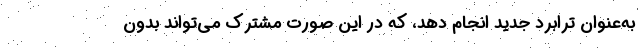
به‌عنوان ترابرد جدید انجام دهد، که در این صورت مشترک می‌تواند بدون